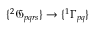
\{ { ^ { 2 } \mathfrak { G } _ { p q r s } } \} \to \{ ^ { 1 } \Gamma _ { p q } \}